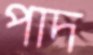
পাদ